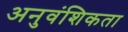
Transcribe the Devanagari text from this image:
अनुवंशिकता